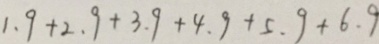
1 . 9 + 2 . 9 + 3 . 9 + 4 . 9 + 5 . 9 + 6 . 9